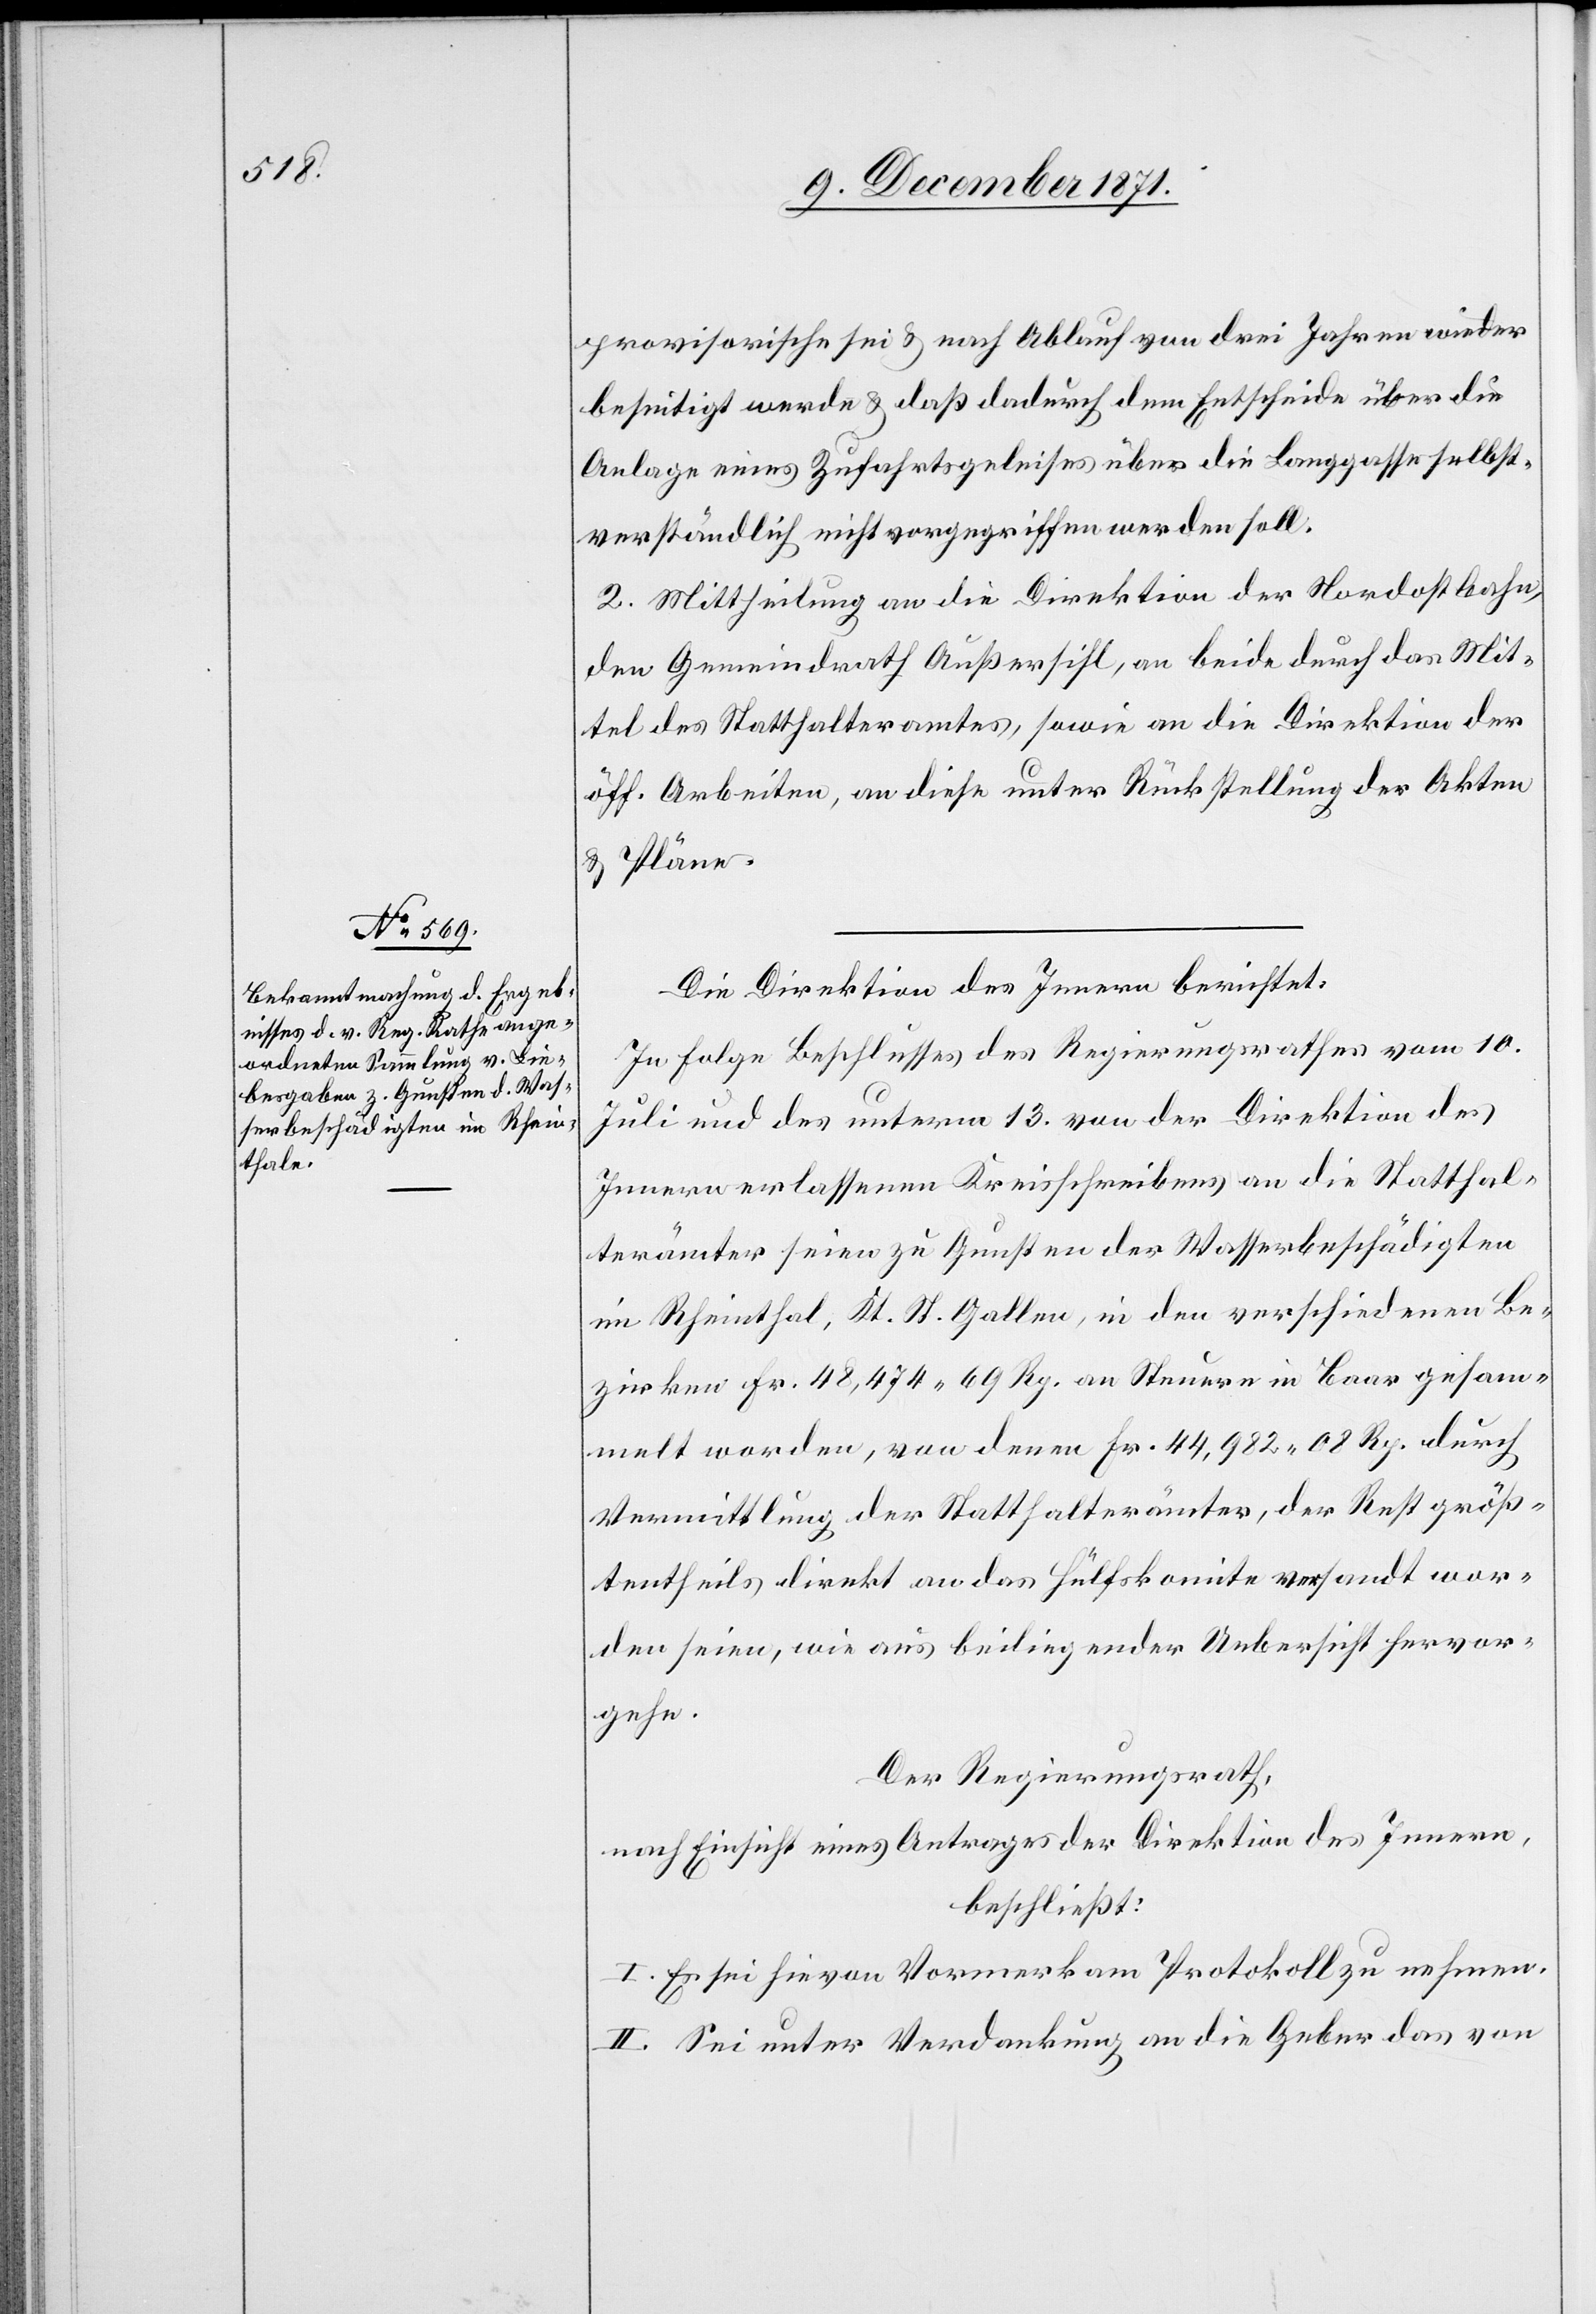
provisorische sei & nach Ablauf von drei Jahren wieder
beseitigt werde & daß dadurch dem Entscheide über die
Anlage eines Zufahrtgeleises über die Langgasse selbst¬
verständlich nicht vorgegriffen werden soll.
2. Mittheilung an die Direktion der Nordostbahn,
den Gemeindrath Außersihl, an beide durch das Mit¬
tel des Statthalteramtes, sowie an die Direktion der
öff. Arbeiten, an diese unter Rückstellung der Akten
& Pläne.
Die Direktion des Innern berichtet:
In Folge Beschlusses des Regierungsrathes vom 10.
Juli und des unterm 13. von der Direktion des
Innern erlassenen Kreisschreibens an die Statthal¬
terämter seien zu Gunsten der Wasserbeschädigten
im Rheinthal, Kt. St. Gallen, in den verschiedenen Be¬
zirken Fr. 48,474.79 Rp. an Steuern in Baar gesam¬
melt worden, von denen Fr. 44,982.08 Rp. durch
Vermittlung der Statthalterämter, der Rest größ¬
tentheils direkt an das Hülfskomite versandt wor¬
den seien, wie aus beiliegender Uebersicht hervor¬
gehe.
Der Regierungsrath,
nach Einsicht eines Antrages der Direktion des Innern,
beschließt:
I. Es sei hievon Vormerk am Protokoll zu nehmen.
II. Sei unter Verdankung an die Geber das von